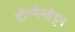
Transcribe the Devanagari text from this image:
डॉ॰मैनहैट्टन